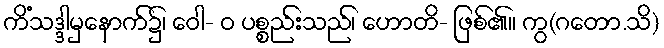
ကိံသဒ္ဒါမှနောက်၌၊ ဝေါ- ဝ ပစ္စည်းသည်၊ ဟောတိ- ဖြစ်၏။ ကွ(ဂတော.သိ)